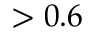
> 0 . 6